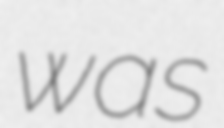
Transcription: was